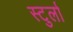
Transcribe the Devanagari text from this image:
स्टुर्ला